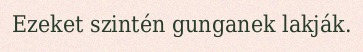
Ezeket szintén gunganek lakják.